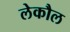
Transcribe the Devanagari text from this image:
लेकौल